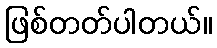
ဖြစ်တတ်ပါတယ်။